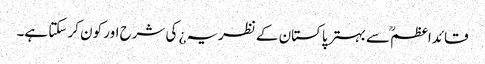
قائداعظمؒ سے بہتر پاکستان کے نظریہ¿ کی شرح اور کون کر سکتا ہے۔